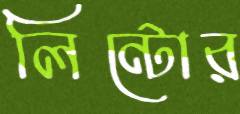
লিন্টোর